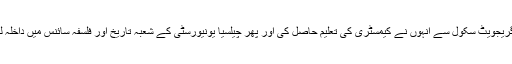
لندن گریجویٹ سکول سے انہوں نے کیمسٹری کی تعلیم حاصل کی اور پھر چیلسیا یونیورسٹی کے شعبہ تاریخ اور فلسفہ سائنس میں داخلہ لے لیا۔